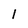
Character: 1